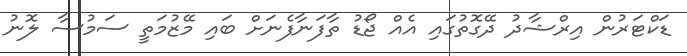
ޑަކްޓަރުން އިރްޝާދު ދޭގޮތުގައި އެއް ޖޯޑު ތާފަނާފެނަށް ބައި މޭޒުމަތީ ސަމުސާ ލޮނު